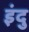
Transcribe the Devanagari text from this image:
इंदु